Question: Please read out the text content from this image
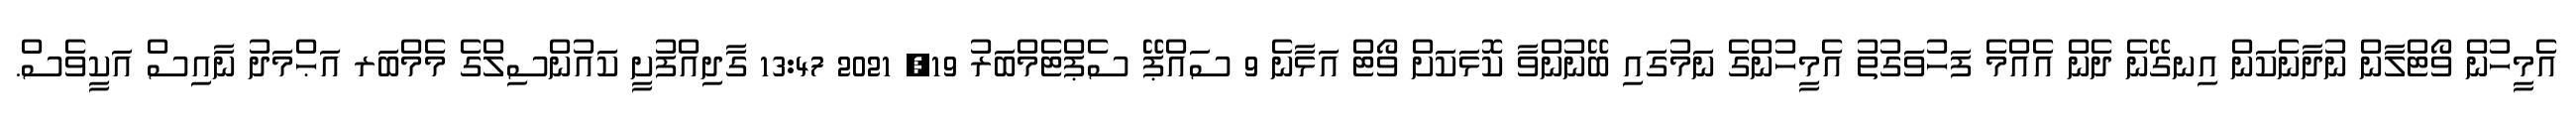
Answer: އެމީހުން ވޯޓްލާން ނުދާނެކަން އިނގޭނެ ދެން އެއްމެ ފަހުވަގުތު އެމީހުންގެ ނަމުގައި ބޭނުންވާ ކޮޅަކަށް ވޯޓް އަޅާނެ 9 ސައްޕޭ ސެޕްޓެމްބަރު 19, 2021 13:47 ގާދިއްފުށީ ކައުންސިލްގެ މެމްބަރ އަޙްމަދު ނާއިސް އަކީވެސް.